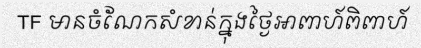
TF មានចំណែកសំខាន់ក្នុងថ្ងៃអាពាហ៍ពិពាហ៍